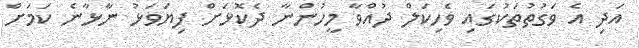
އަދި އެ ވަގުތުތަކުގައި ވެހިކަލް ދުއްވާ މީހުންނާ ދެކޮޅަށް ފިޔަވަޅު ނާޅާނެ ކަމަށް